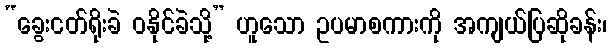
“ခွေးငတ်ရိုးခဲ ဝနိုင်ခဲသို့” ဟူသော ဥပမာစကားကို အကျယ်ပြဆိုခန်း၊